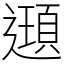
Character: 𨘀